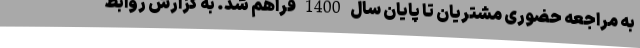
به مراجعه حضوری مشتریان تا پایان سال 1400 فراهم شد. به گزارش روابط